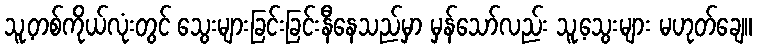
သူ့တစ်ကိုယ်လုံးတွင် သွေးများခြင်းခြင်းနီနေသည်မှာ မှန်သော်လည်း သူ့သွေးများ မဟုတ်ချေ။